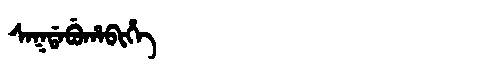
Manchu: ᠰᠠᡴᡩᠠᠪᡠᡥᠠᠪᡳᡥᡝ
Romanization: SAKDABUHABIHE